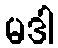
မဒါ